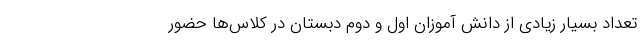
تعداد بسیار زیادی از دانش آموزان اول و دوم دبستان در کلاس‌ها حضور